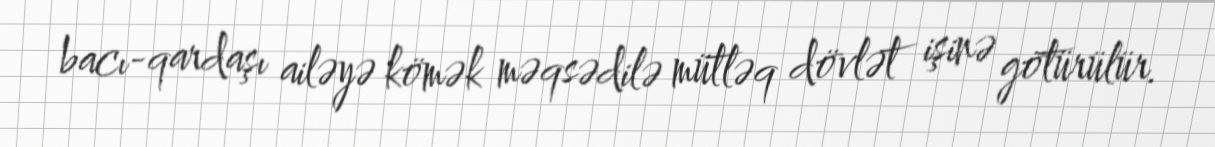
bacı-qardaşı ailəyə kömək məqsədilə mütləq dövlət işinə götürülür.